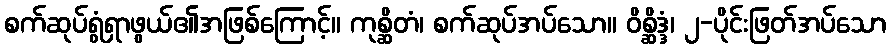
စက်ဆုပ်ရွံရှာဖွယ်၏အဖြစ်ကြောင့်။ ကုစ္ဆိတံ၊ စက်ဆုပ်အပ်သော။ ဝိစ္ဆိဒ္ဒံ၊ ၂-ပိုင်းဖြတ်အပ်သော